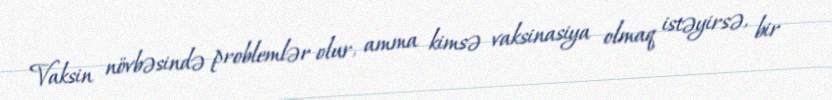
Vaksin növbəsində problemlər olur, amma kimsə vaksinasiya olmaq istəyirsə, bir